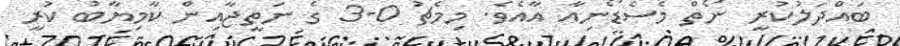
ބައްދަލުކުރީ ނޯތް މެސެޑޯނިއާ އާއެވެ. މިމެޗު 0-3 ގެ ނަތީޖާއިން ކާމިޔާބު ކުރީ